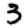
Digit: 3